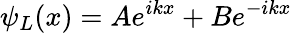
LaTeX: \psi_{L}(x)=Ae^{ikx}+Be^{-ikx}